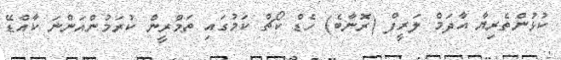
ކުޅުންތެރިޔާ އާދަމް ލަރީފް (ރޮނާބެ) ހެޑް ކޯޗް ކަމުގައި ތަމްރީން ކުރަމުންއަންނަ ކާއްޑޭ